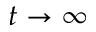
t \to \infty